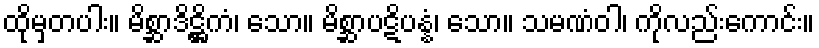
ထိုမှတပါး။ မိစ္ဆာဒိဋ္ဌိကံ၊ သော။ မိစ္ဆာပဋိပန္နံ၊ သော။ သမဏံဝါ၊ ကိုလည်းကောင်း။